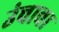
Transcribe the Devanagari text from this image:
उंचावा